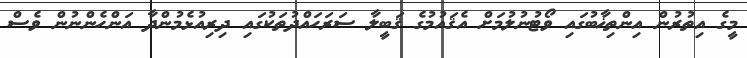
މީގެ އިތުރުން އިންތިޚާބުގައި ވޯޓުނުލުމަށް އެޤައުމުގެ ޤަބީލާ ސަރަހައްދުތަކުގައި ދިރިއުޅެމުންދާ އަންހެންނުން ވެސް